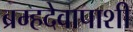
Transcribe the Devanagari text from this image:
ब्रम्हदेवापाशी